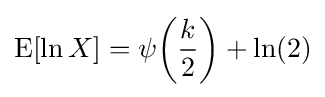
\operatorname {E} [\ln X]=\psi {\left({\frac {k}{2}}\right)}+\ln(2)